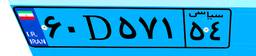
۶۰D۵۷۱۵۴